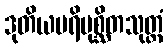
ဒုတိယပရိပုစ္ဆိတသုတ္တံ